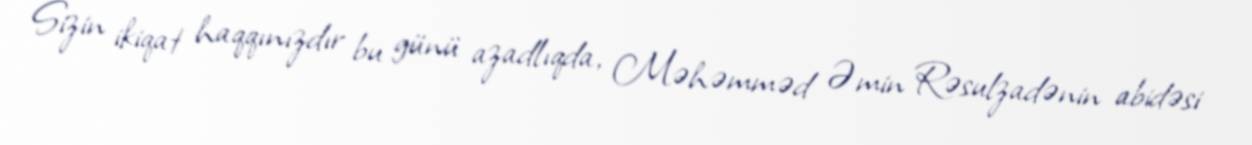
Sizin ikiqat haqqınızdır bu günü azadlıqda, Məhəmməd Əmin Rəsulzadənin abidəsi